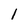
Character: l